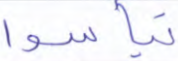
تيأسوا